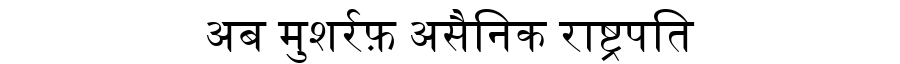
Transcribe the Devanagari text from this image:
अब मुशर्रफ़ असैनिक राष्ट्रपति